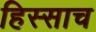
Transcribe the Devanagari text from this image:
हिस्साच